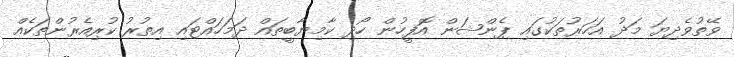
ވޭތުވެދިޔަ މަދު އަހަރުތަކުގައި ޕެންޝަން އޮފީހުން ހޯދި ކާމިޔާބީތައް ދަމަހައްޓައި އިތުރު ކުރިއެރުންތަކެއް